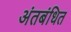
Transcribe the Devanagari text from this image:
अंतबंधित